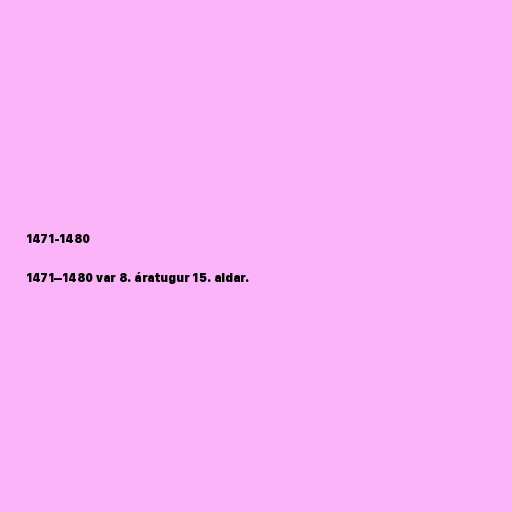
1471-1480

1471–1480 var 8. áratugur 15. aldar.